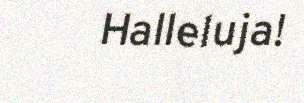
Halleluja!